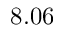
8 . 0 6